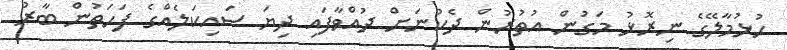
ހުޅުމާލޭގެ ނިރޮޅު މަގުން އުތުރުން ދެކުނަށް ދުއްވާފައި ދިޔަ ސައިކަލެއްގެ ފަހަތުން ބާރު